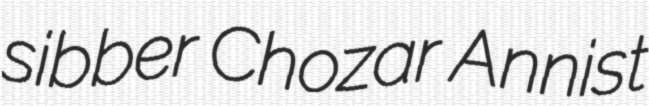
sibber Chozar Annist